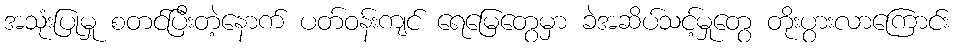
အသုံးပြုမှု စတင်ပြီးတဲ့နောက် ပတ်ဝန်းကျင် ရေမြေတွေမှာ ခဲအဆိပ်သင့်မှုတွေ တိုးပွားလာကြောင်း